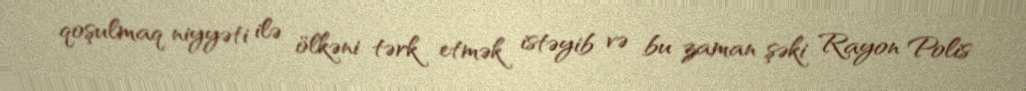
qoşulmaq niyyəti ilə ölkəni tərk etmək istəyib və bu zaman şəki Rayon Polis